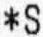
*S